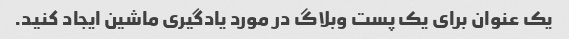
یک عنوان برای یک پست وبلاگ در مورد یادگیری ماشین ایجاد کنید.